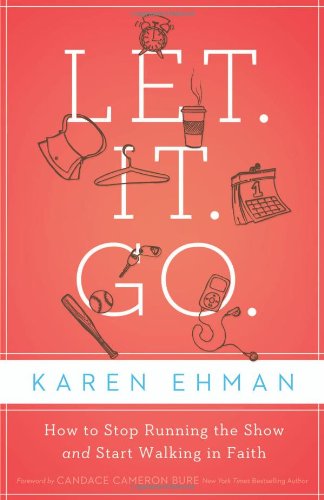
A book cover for Let. It. Go.: How to Stop Running the Show and Start Walking in Faith; Karen Ehman; Christian Books & Bibles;